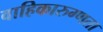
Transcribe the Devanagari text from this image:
वाहिकारुग्णता